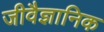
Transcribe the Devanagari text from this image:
जीवैज्ञानिक